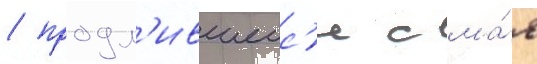
/ продл'ившеис'я с ма́я